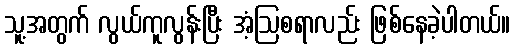
သူ့အတွက် လွယ်ကူလွန်းပြီး အံ့ဩစရာလည်း ဖြစ်နေခဲ့ပါတယ်။